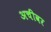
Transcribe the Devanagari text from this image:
अचीवर